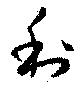
利